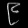
Digit: ၉